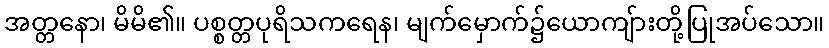
အတ္တနော၊ မိမိ၏။ ပစ္စတ္တပုရိသကရေန၊ မျက်မှောက်၌ယောကျ်ားတို့ပြုအပ်သော။